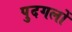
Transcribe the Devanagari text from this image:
पुदगलों